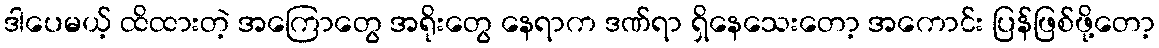
ဒါပေမယ့် ထိထားတဲ့ အကြောတွေ အရိုးတွေ နေရာက ဒဏ်ရာ ရှိနေသေးတော့ အကောင်း ပြန်ဖြစ်ဖို့တော့